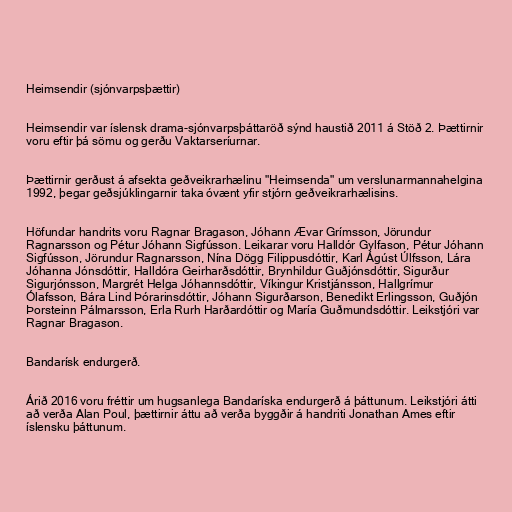
Heimsendir (sjónvarpsþættir)

Heimsendir var íslensk drama-sjónvarpsþáttaröð sýnd haustið 2011 á Stöð 2. Þættirnir
voru eftir þá sömu og gerðu Vaktarseríurnar.

Þættirnir gerðust á afsekta geðveikrarhælinu "Heimsenda" um verslunarmannahelgina
1992, þegar geðsjúklingarnir taka óvænt yfir stjórn geðveikrarhælisins.

Höfundar handrits voru Ragnar Bragason, Jóhann Ævar Grímsson, Jörundur
Ragnarsson og Pétur Jóhann Sigfússon. Leikarar voru Halldór Gylfason, Pétur Jóhann
Sigfússon, Jörundur Ragnarsson, Nína Dögg Filippusdóttir, Karl Ágúst Úlfsson, Lára
Jóhanna Jónsdóttir, Halldóra Geirharðsdóttir, Brynhildur Guðjónsdóttir, Sigurður
Sigurjónsson, Margrét Helga Jóhannsdóttir, Víkingur Kristjánsson, Hallgrímur
Ólafsson, Bára Lind Þórarinsdóttir, Jóhann Sigurðarson, Benedikt Erlingsson, Guðjón
Þorsteinn Pálmarsson, Erla Rurh Harðardóttir og María Guðmundsdóttir. Leikstjóri var
Ragnar Bragason.

Bandarísk endurgerð.

Árið 2016 voru fréttir um hugsanlega Bandaríska endurgerð á þáttunum. Leikstjóri átti
að verða Alan Poul, þættirnir áttu að verða byggðir á handriti Jonathan Ames eftir
íslensku þáttunum.